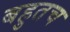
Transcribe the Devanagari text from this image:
बहुतच